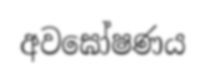
අවඝෝෂණය